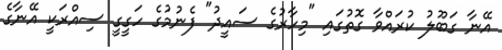
އޭނާ ގަބޫލު ކުރައްވާ ގޮތުގައި "މިހާރުގެ ސައީދު" ފެނުމުގެ ހަގީގީ ސިއްރަކީ އޭނާގެ